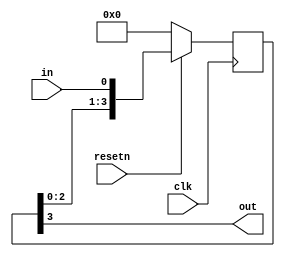
module top_module (
    input clk,
    input resetn,   // synchronous reset
    input in,
    output out);

    reg [3:0] temp;
    always @(posedge clk) begin
		temp <= (resetn) ? {temp[2:0], in}:4'd0;
    end
    
    assign out = temp[3];
endmodule